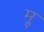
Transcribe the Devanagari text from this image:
मॣ